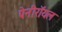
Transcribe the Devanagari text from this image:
पेनीरॉयल